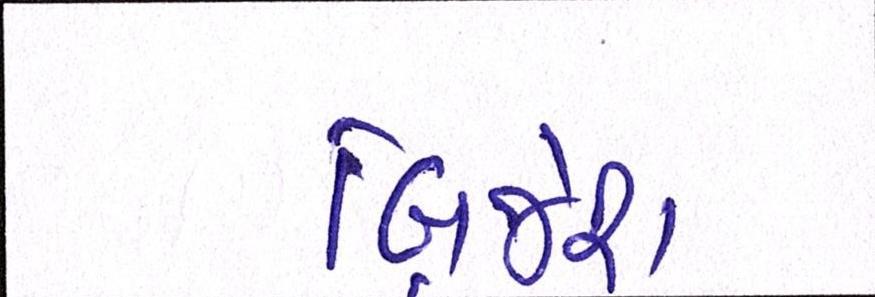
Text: બ્રિજેશ